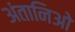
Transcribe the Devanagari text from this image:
अंतानिओ